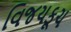
વિજયકૂચ